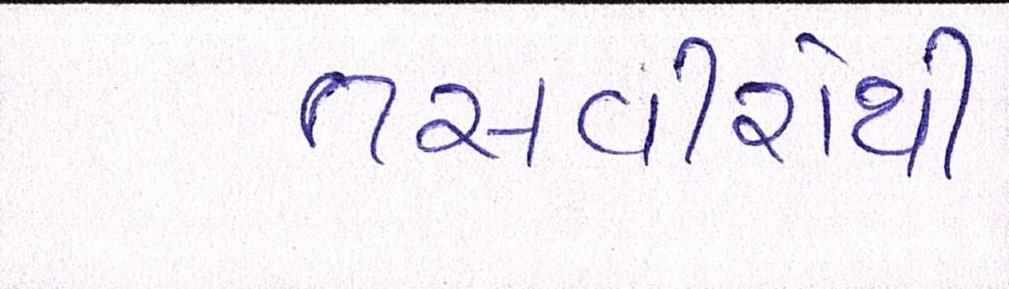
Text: તસવીરોથી